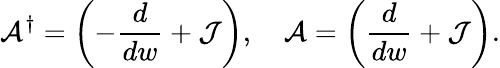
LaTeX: {\cal A}^{\dagger}=\biggl(-\frac{d}{dw}+{\cal J}\biggr),\, \, \, \, \, \, {\cal A}=\biggl(\frac{d}{dw}+{\cal J}\biggr).